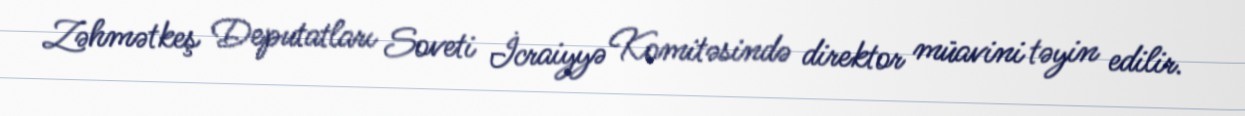
Zəhmətkeş Deputatları Soveti İcraiyyə Komitəsində direktor müavini təyin edilir.